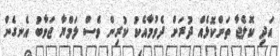
އަދި ކޮލެޖާ ތަންކޮޅެއް ދުރަށް ދެވުމާއެކު ކުރިން ވެސް ލަމްޔާ ޖަވާބު އެނގެން